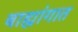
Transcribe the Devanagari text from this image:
बाह्यांगात